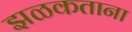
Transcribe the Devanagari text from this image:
झळकताना